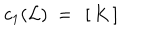
LaTeX: c _ { 1 } ( { \cal L } ) ~ = ~ \left[ \, K \, \right]